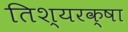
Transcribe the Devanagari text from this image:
तिश्यरक्षा